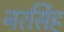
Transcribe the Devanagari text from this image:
नरर्सिह